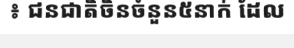
៖ ជនជាតិចិនចំនួន៥នាក់ ដែល